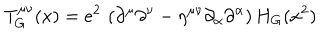
T _ { G } ^ { \mu \nu } ( x ) = e ^ { 2 } \, \left( \partial ^ { \mu } \partial ^ { \nu } - \eta ^ { \mu \nu } \partial _ { \alpha } \partial ^ { \alpha } \right) H _ { G } ( x ^ { 2 } )